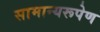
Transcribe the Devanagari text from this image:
सामान्यरूपेण